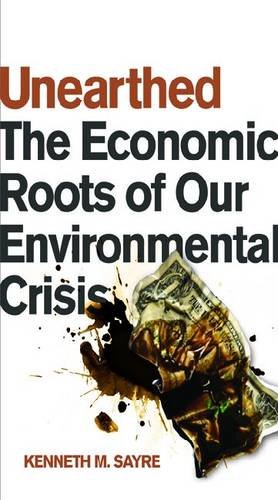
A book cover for Unearthed: The Economic Roots of Our Environmental Crisis; Kenneth M. Sayre; Science & Math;